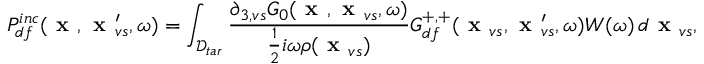
P _ { d f } ^ { i n c } ( \textbf { x } , \textbf { x } _ { v s } ^ { \prime } , \omega ) = \int _ { \mathcal { D } _ { t a r } } \frac { \partial _ { 3 , v s } G _ { 0 } ( \textbf { x } , \textbf { x } _ { v s } , \omega ) } { \frac { 1 } { 2 } i \omega \rho ( \textbf { x } _ { v s } ) } G _ { d f } ^ { + , + } ( \textbf { x } _ { v s } , \textbf { x } _ { v s } ^ { \prime } , \omega ) W ( \omega ) \, d \textbf { x } _ { v s } ,